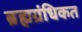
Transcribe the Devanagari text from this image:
ब्रह्मग्रंधिकत